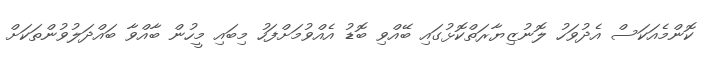
ކޮންމެއަކަސް އެދުވަހު ލޮނުޒިޔާރަތްކޮޅުގައި ބޭއްވި ބޮޑު އެއްވުމަށްފަހު މިބައި މީހުން ބާއްވާ ބައްދަލުވުންތަކަށް